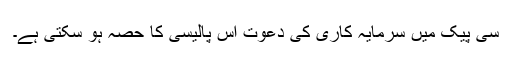
سی پیک میں سرمایہ کاری کی دعوت اس پالیسی کا حصہ ہو سکتی ہے۔